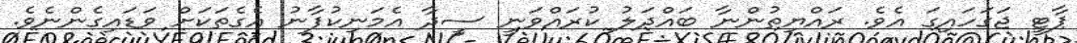
ޕާޓީ ޖަގަހައިގަ އެވެ. ރައްޔިތުންނާ ބައްދަލު ކުރައްވަނީ ސީދާ އެމަނިކުފާނު އެގެތަަކަށް ވަޑައިގެންނެވެ.